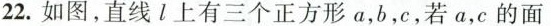
22.如图，直线l上有三个正方形a，b，c，若a，c的面